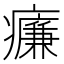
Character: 𤻑